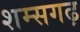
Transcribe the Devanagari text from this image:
शम्सगढ़